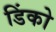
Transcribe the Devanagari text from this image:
डिंको